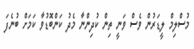
މުސްލިމް ލީޑަރުން ވެސް ވަނީ ތިން ކުދިންނާ މެދު ކަންބޮޑުވާ ކަމަށް ބުނެފަ